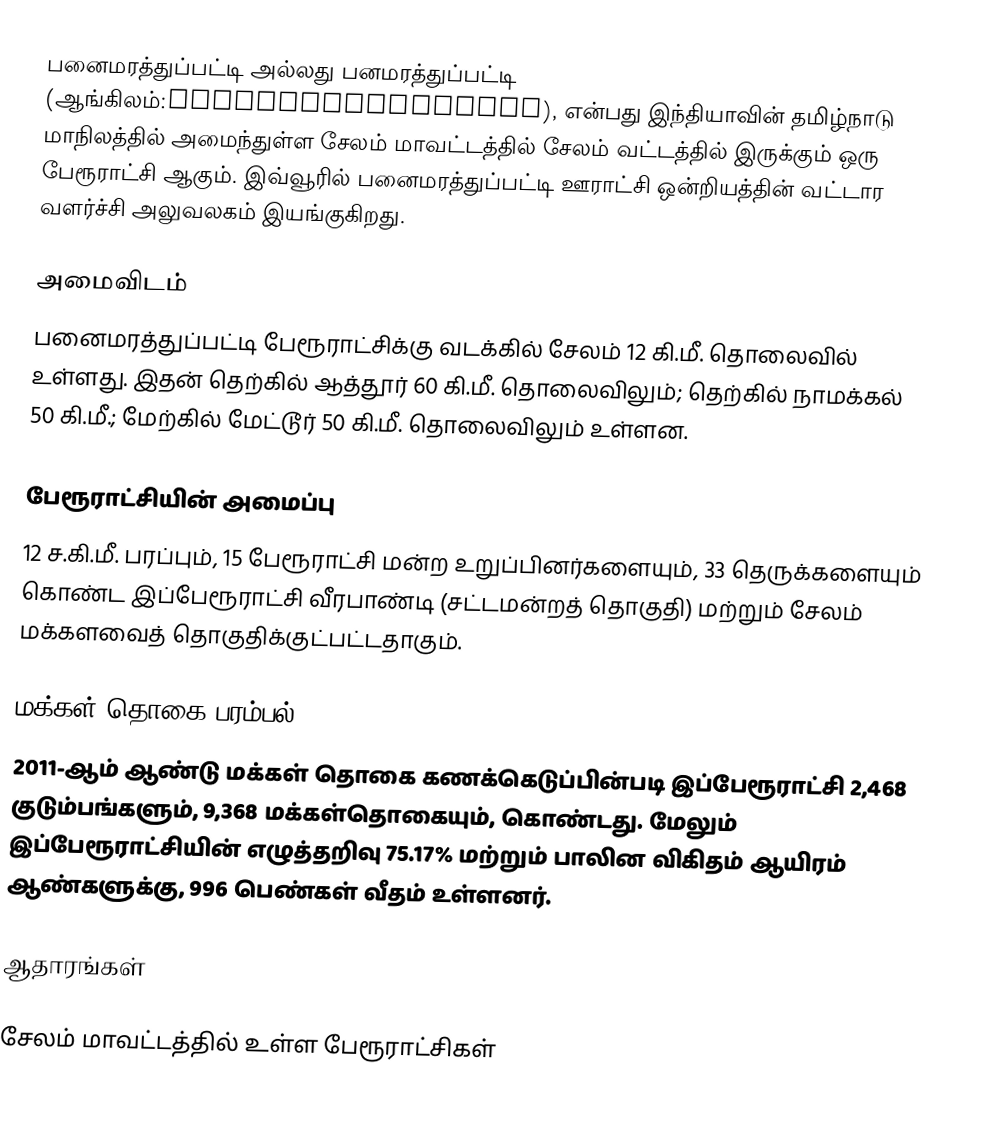
பனைமரத்துப்பட்டி அல்லது பனமரத்துப்பட்டி (ஆங்கிலம்:Panaimarathupatti), என்பது இந்தியாவின் தமிழ்நாடு மாநிலத்தில் அமைந்துள்ள சேலம் மாவட்டத்தில் சேலம் வட்டத்தில் இருக்கும் ஒரு பேரூராட்சி ஆகும். இவ்வூரில் பனைமரத்துப்பட்டி ஊராட்சி ஒன்றியத்தின் வட்டார வளர்ச்சி அலுவலகம் இயங்குகிறது.

அமைவிடம்
பனைமரத்துப்பட்டி பேரூராட்சிக்கு வடக்கில் சேலம் 12 கி.மீ. தொலைவில் உள்ளது. இதன் தெற்கில் ஆத்தூர் 60 கி.மீ. தொலைவிலும்; தெற்கில் நாமக்கல் 50 கி.மீ.; மேற்கில் மேட்டூர் 50 கி.மீ. தொலைவிலும் உள்ளன.

பேரூராட்சியின் அமைப்பு
12 ச.கி.மீ. பரப்பும், 15 பேரூராட்சி மன்ற உறுப்பினர்களையும், 33 தெருக்களையும் கொண்ட இப்பேரூராட்சி வீரபாண்டி (சட்டமன்றத் தொகுதி) மற்றும் சேலம் மக்களவைத் தொகுதிக்குட்பட்டதாகும்.

மக்கள் தொகை பரம்பல்
2011-ஆம் ஆண்டு மக்கள் தொகை கணக்கெடுப்பின்படி  இப்பேரூராட்சி   2,468 குடும்பங்களும்,  9,368 மக்கள்தொகையும், கொண்டது. மேலும் இப்பேரூராட்சியின் எழுத்தறிவு 75.17% மற்றும்  பாலின விகிதம் ஆயிரம் ஆண்களுக்கு,  996 பெண்கள் வீதம் உள்ளனர்.

ஆதாரங்கள்

சேலம் மாவட்டத்தில் உள்ள பேரூராட்சிகள்